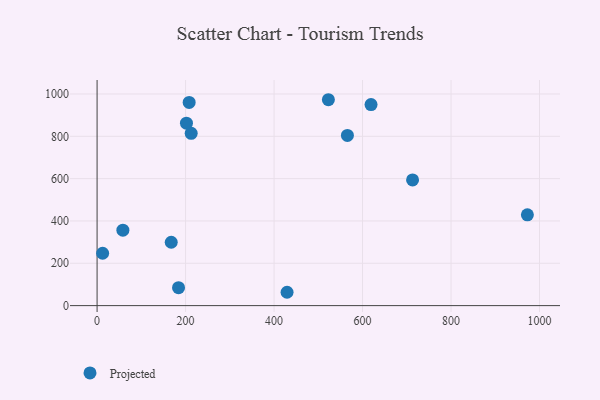
{"axis": {"x": "Distance", "y": "Fuel Efficiency"}, "legend": ["Projected"], "data": [{"x": "713.1", "y": 593.9, "type": "Projected"}, {"x": "565.8", "y": 804.4, "type": "Projected"}, {"x": "619.2", "y": 949.8, "type": "Projected"}, {"x": "429.4", "y": 63.0, "type": "Projected"}, {"x": "12.5", "y": 247.3, "type": "Projected"}, {"x": "208.1", "y": 960.3, "type": "Projected"}, {"x": "212.7", "y": 814.3, "type": "Projected"}, {"x": "972.6", "y": 428.8, "type": "Projected"}, {"x": "202.0", "y": 862.1, "type": "Projected"}, {"x": "522.8", "y": 972.9, "type": "Projected"}, {"x": "58.3", "y": 356.5, "type": "Projected"}, {"x": "167.6", "y": 299.4, "type": "Projected"}, {"x": "184.1", "y": 84.8, "type": "Projected"}]}